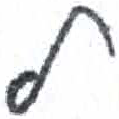
אות: ל